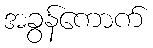
အခွန်ကောက်